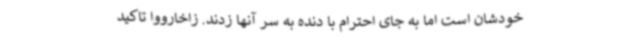
خودشان است اما به جای احترام با دنده به سر آنها زدند. زاخارووا تاکید